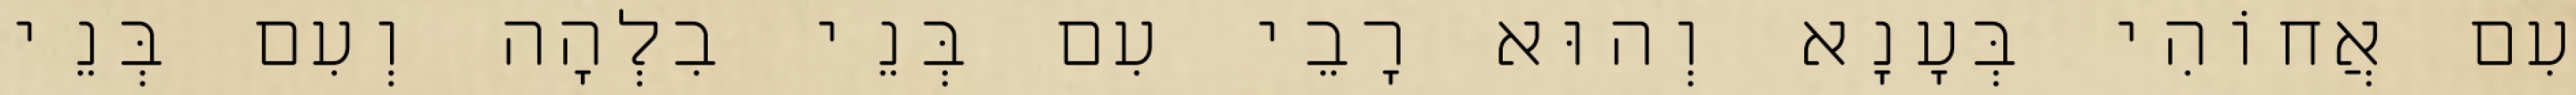
עִם אֲחוֹהִי בְּעָנָא וְהוּא רָבֵי עִם בְּנֵי בִלְהָה וְעִם בְּנֵי